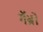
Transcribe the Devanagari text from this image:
गॅब्रो